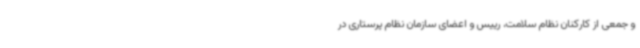
و جمعی از کارکنان نظام سلامت، رییس و اعضای سازمان نظام پرستاری در